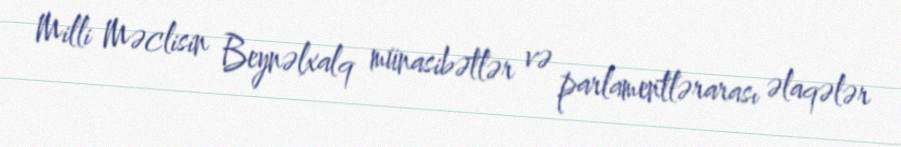
Milli Məclisin Beynəlxalq münasibətlər və parlamentlərarası əlaqələr